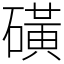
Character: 磺